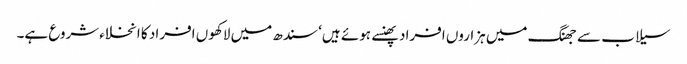
سیلاب سے جھنگ میں ہزاروں افراد پھنسے ہوئے ہیں‘ سندھ میں لاکھوں افراد کا انخلاءشروع ہے۔